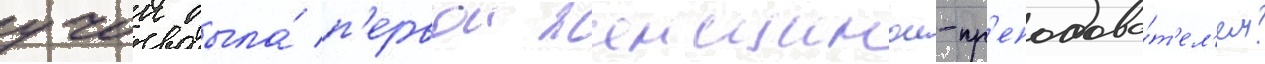
учок была́ п'ервои женщинои-пр'еподава́т'ел'ем